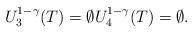
LaTeX: \begin{align*}U_3^{1-\gamma}(T)=\emptyset U_4^{1-\gamma}(T)=\emptyset.\end{align*}